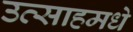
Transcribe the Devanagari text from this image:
उत्साहमधे